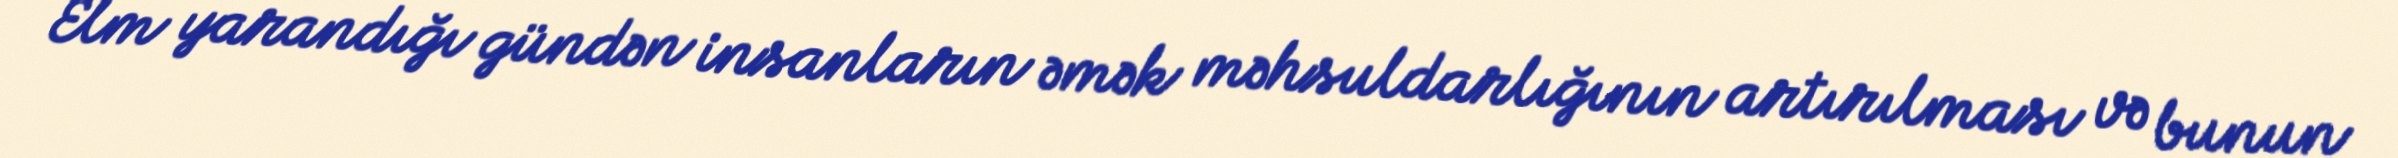
Elm yarandığı gündən insanların əmək məhsuldarlığının artırılması və bunun